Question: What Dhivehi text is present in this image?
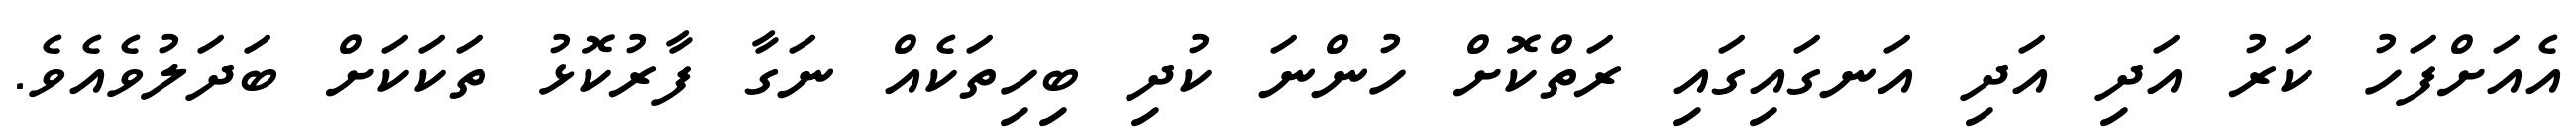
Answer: އެއަށްފަހު ކަރު އަދި އަދި އަނގައިގައި ރަތްކޮށް ހުންނަ ކުދި ބިހިތަކެއް ނަގާ ފާރުކޮޅު ތަކަކަށް ބަދަލުވެއެވެ.